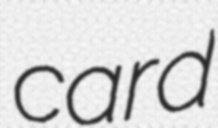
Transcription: card